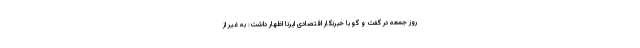
روز جمعه در گفت و گو با خبرنگار اقتصادی ایرنا اظهار داشت: به غیر از